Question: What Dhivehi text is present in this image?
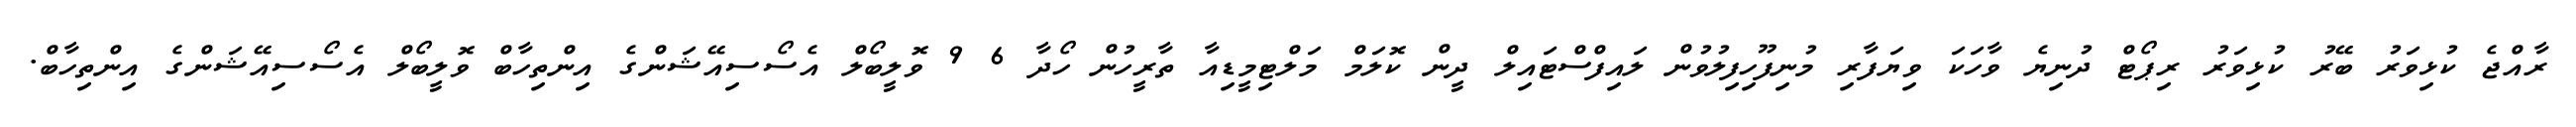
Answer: ރާއްޖެ ކުޅިވަރު ބޭރު ކުޅިވަރު ރިޕޯޓް ދުނިޔެ ވާހަކަ ވިޔަފާރި މުނިފޫހިފިލުވުން ލައިފްސްޓައިލް ދީން ކޮލަމް މަލްޓިމީޑިއާ ތާރީހުން ހޯދާ 6 9 ވޮލީބޯލް އެސޯސިއޭޝަންގެ އިންތިހާބް ވޮލީބޯލް އެސޯސިއޭޝަންގެ އިންތިހާބް.